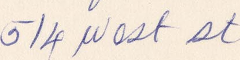
514 West St